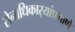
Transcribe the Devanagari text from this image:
सेनाधिकार्‍यांप्रमाणे